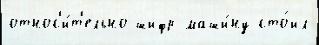
относ'и́т'ельно шифр маши́ну сто́ил